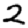
Digit: 2